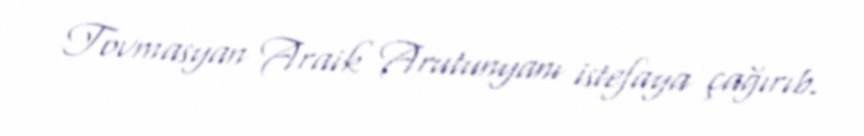
Tovmasyan Araik Arutunyanı istefaya çağırıb.